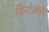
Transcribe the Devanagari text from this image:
फिरोजचंद